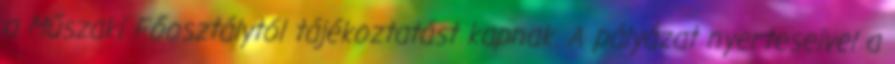
a Műszaki Főosztálytól tájékoztatást kapnak. A pályázat nyerteseivel a